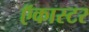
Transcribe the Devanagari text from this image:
ऍकास्टर